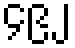
၄၉၂